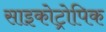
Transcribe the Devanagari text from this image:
साइकोट्रोपिक